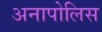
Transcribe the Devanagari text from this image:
अनापोलिस